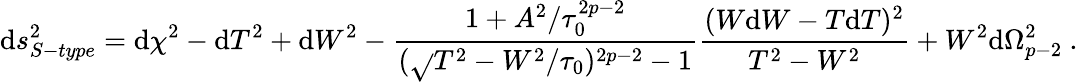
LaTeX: \mathrm{d}s_{S-type}^{2}=\mathrm{d}\chi^{2}-\mathrm{d}T^{2}+\mathrm{d}W^{2}-\frac{{1+A^{2}/\tau_{0}^{2p-2}}}{{(\sqrt{}{{T^{2}-W^{2}}}/\tau_{0})^{2p-2}-1}}\frac{{(W\mathrm{d}W-T\mathrm{d}T)^{2}}}{{T^{2}-W^{2}}}+W^{2}\mathrm{d}\Omega_{p-2}^{2}\ .